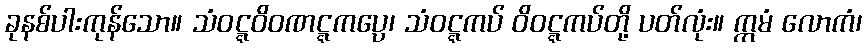
ခုနစ်ပါးကုန်သော။ သံဝဋ္ဋဝိဝဏဋ္ဋကပ္ပေ၊ သံဝဋ္ဋကပ် ဝိဝဋ္ဋကပ်တို့ ပတ်လုံး။ ဣမံ လောကံ၊